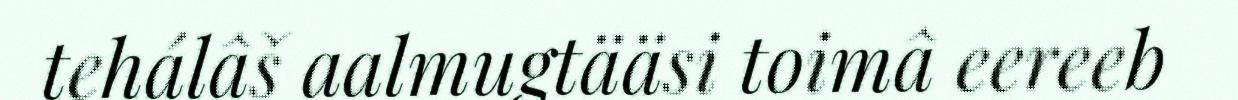
tehálâš aalmugtääsi toimâ eereeb